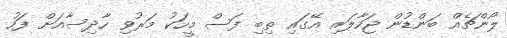
ލޯންޗެއް ބަންޑުން ޖަހާލައި އޭގައި ތިބި ފަސް މީހަކު މަރުވި ހާދިސާއަށް ފަހު